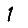
Digit: 1